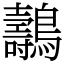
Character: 𪇘